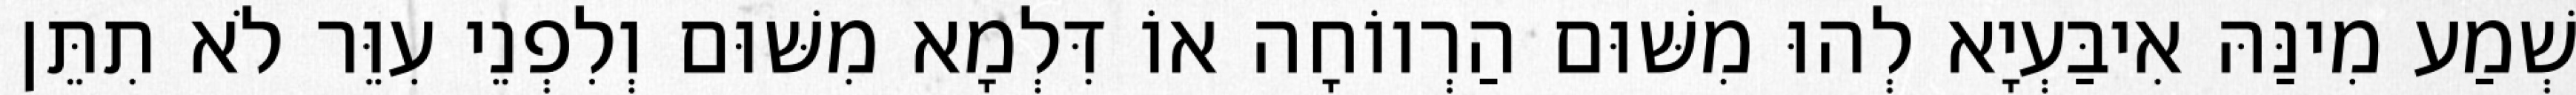
שְׁמַע מִינַּהּ אִיבַּעְיָא לְהוּ מִשּׁוּם הַרְווֹחָה אוֹ דִּלְמָא מִשּׁוּם וְלִפְנֵי עִוֵּר לֹא תִתֵּן